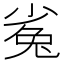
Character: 㝹